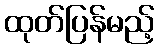
ထုတ်ပြန်မည့်